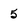
Character: 5